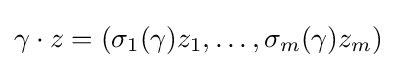
\gamma \cdot z=(\sigma _{1}(\gamma )z_{1},\ldots ,\sigma _{m}(\gamma )z_{m})